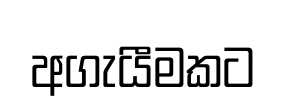
අගැයීමකට